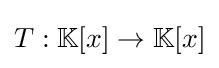
T:\mathbb {K} [x]\to \mathbb {K} [x]